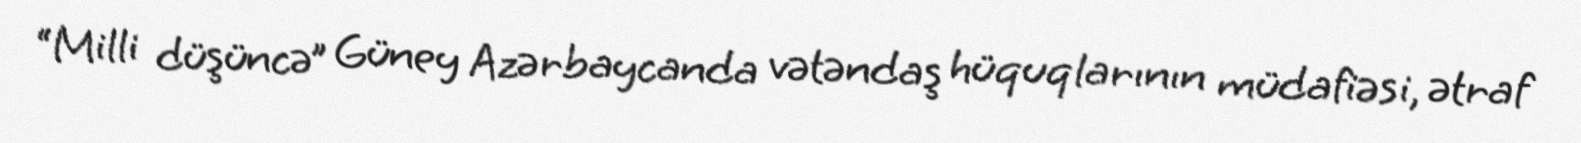
“Milli düşüncə” Güney Azərbaycanda vətəndaş hüquqlarının müdafiəsi, ətraf